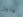
دايل